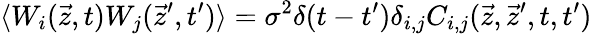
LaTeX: \langle W_{i}(\vec{z},t)W_{j}(\vec{z}^{\prime},t^{\prime})\rangle=\sigma^{2}\delta(t-t^{\prime})\delta_{i,j}C_{i,j}(\vec{z},\vec{z}^{\prime},t,t^{\prime})